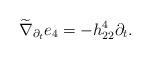
LaTeX: \begin{align*}\widetilde{\nabla}_{\partial_t} e_4= -h_{22}^4 \partial_t.\end{align*}